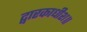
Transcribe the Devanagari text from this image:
द्वारकाधीश॥